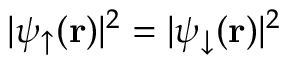
| \psi _ { \uparrow } ( { \bf r } ) | ^ { 2 } = | \psi _ { \downarrow } ( { \bf r } ) | ^ { 2 }